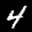
Label: 4